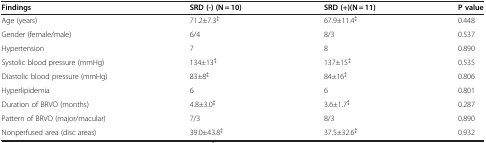
<table><thead><tr><td><b>Findings</b></td><td><b>SRD (-) (N = 10)</b></td><td><b>SRD (+)(N = 11)</b></td><td><b>P value</b></td></tr></thead><tbody><tr><td>Age (years)</td><td>71.2±7.3<sup>‡</sup></td><td>67.9±11.4<sup>‡</sup></td><td>0.448</td></tr><tr><td>Gender (female/male)</td><td>6/4</td><td>8/3</td><td>0.537</td></tr><tr><td>Hypertension</td><td>7</td><td>8</td><td>0.890</td></tr><tr><td>Systolic blood pressure (mmHg)</td><td>134±13<sup>‡</sup></td><td>137±15<sup>‡</sup></td><td>0.535</td></tr><tr><td>Diastolic blood pressure (mmHg)</td><td>83±8<sup>‡</sup></td><td>84±16<sup>‡</sup></td><td>0.806</td></tr><tr><td>Hyperlipidemia</td><td>6</td><td>6</td><td>0.801</td></tr><tr><td>Duration of BRVO (months)</td><td>4.8±3.0<sup>‡</sup></td><td>3.6±1.7<sup>‡</sup></td><td>0.287</td></tr><tr><td>Pattern of BRVO (major/macular)</td><td>7/3</td><td>8/3</td><td>0.890</td></tr><tr><td>Nonperfused area (disc areas)</td><td>39.0±43.8<sup>‡</sup></td><td>37.5±32.6<sup>‡</sup></td><td>0.932</td></tr></tbody></table>